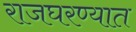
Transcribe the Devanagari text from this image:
राजघरण्यात